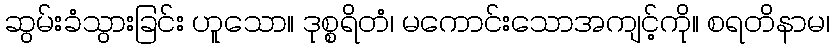
ဆွမ်းခံသွားခြင်း ဟူသော။ ဒုစ္စရိတံ၊ မကောင်းသောအကျင့်ကို။ စရတိနာမ၊